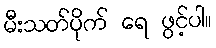
မီးသတ်ပိုက် ရေ ဖွင့်ပါ။